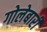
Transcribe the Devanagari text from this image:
गोलेबारी